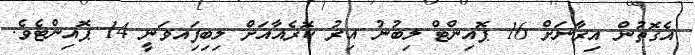
އެގޮތުން އިރާނަށް 16 ޕޮއިންޓް ލިބުނު އިރު ކޮރެއާއަށް ލިބިފަިއވަނީ 14 ޕޮއިންޓެވެ.